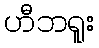
ဟီဘရူး